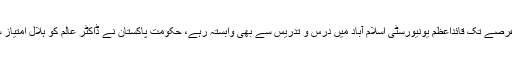
وہ کافی عرصے تک قائداعظم یونیورسٹی اسلام آباد میں درس و تدریس سے بھی وابستہ رہے، حکومتِ پاکستان نے ڈاکٹر عالم کو ہلال امتیاز سے نوازا۔